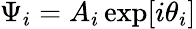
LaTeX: \Psi_{i}=A_{i}\exp[i\theta_{i}]